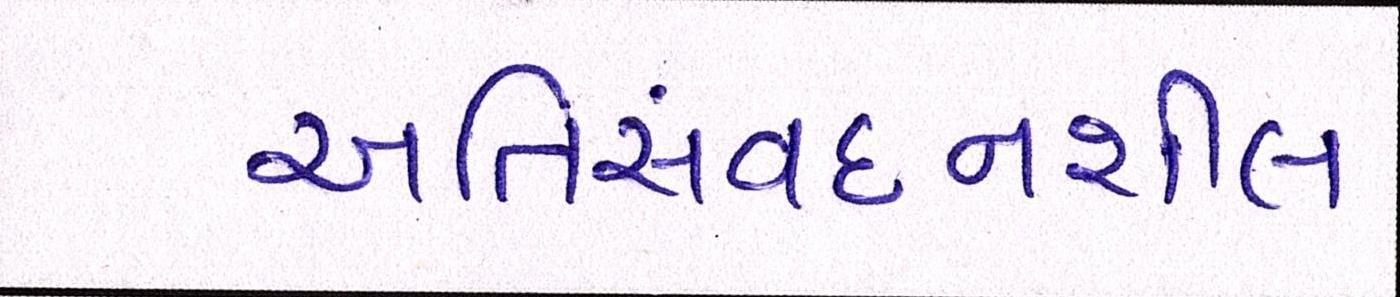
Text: અતિસંવદનશીલ